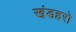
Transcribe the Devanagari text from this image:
खंडहरो